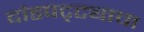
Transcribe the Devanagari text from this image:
दांडपट्ट्याचा